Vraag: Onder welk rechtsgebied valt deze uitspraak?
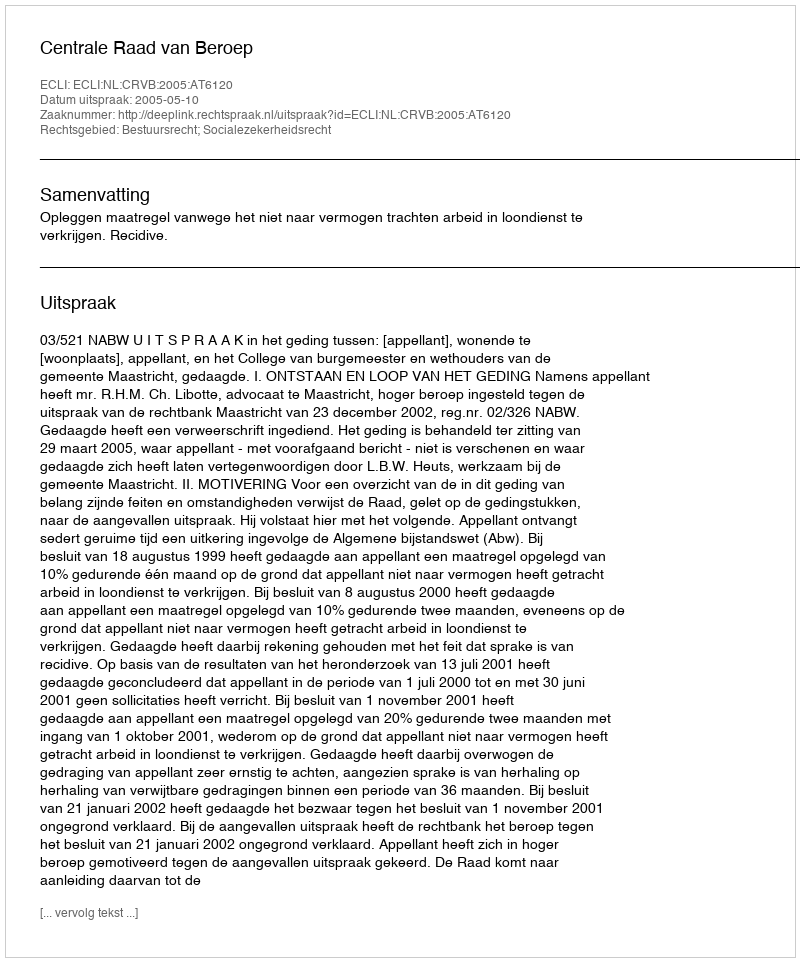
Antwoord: Bestuursrecht; Socialezekerheidsrecht